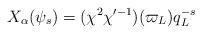
LaTeX: \begin{align*}X_{\alpha}(\psi_s)=(\chi^2\chi'^{-1})(\varpi_L)q_L^{-s}\end{align*}